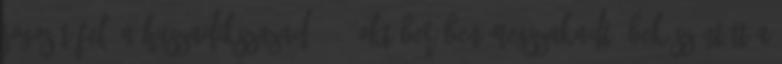
jogosít fel. A huszadikszazad 1944 októberében megszakadt. Beköszöntött a